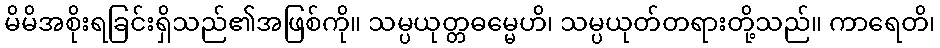
မိမိအစိုးရခြင်းရှိသည်၏အဖြစ်ကို။ သမ္ပယုတ္တဓမ္မေဟိ၊ သမ္ပယုတ်တရားတို့သည်။ ကာရေတိ၊